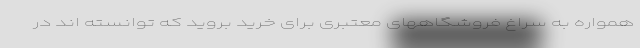
همواره به سراغ فروشگاههای معتبری برای خرید بروید که توانسته اند در